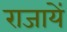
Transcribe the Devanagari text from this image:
राजायें